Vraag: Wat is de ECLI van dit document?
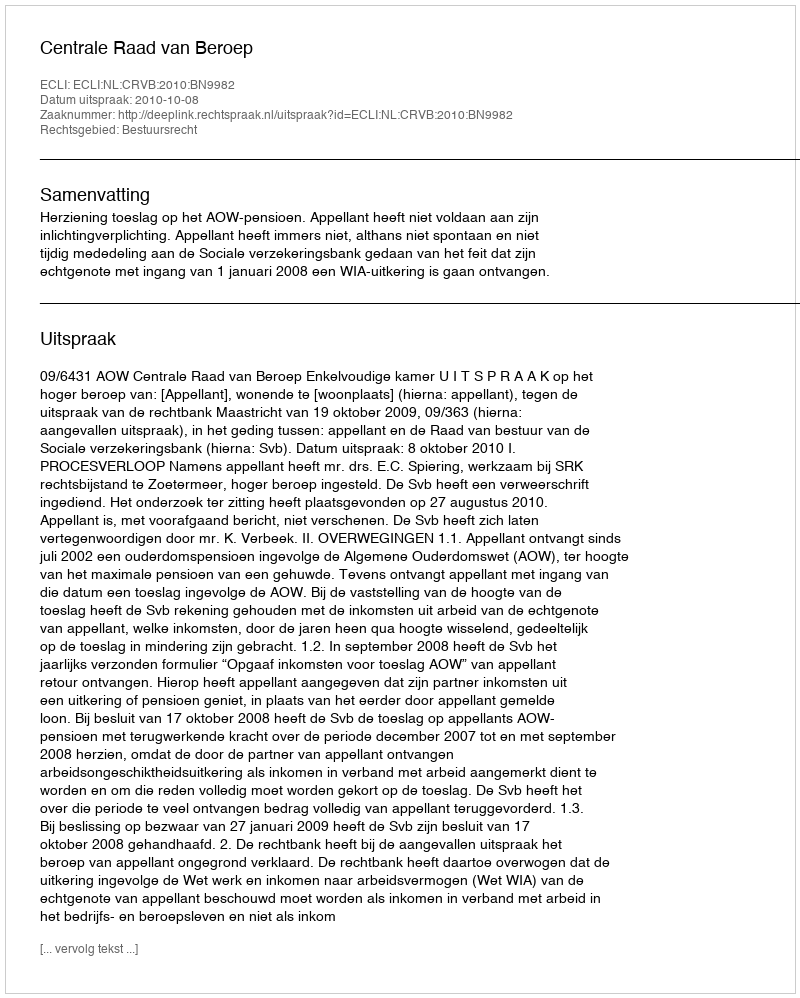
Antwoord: ECLI:NL:CRVB:2010:BN9982